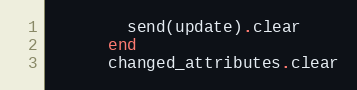
Language: Ruby
        send(update).clear
      end
      changed_attributes.clear